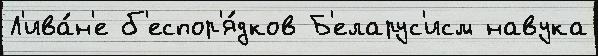
Л'ива́н'е б'еспор'я́дков Б'еларус'исм навука